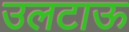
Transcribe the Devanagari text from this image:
उलटाऊ